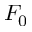
F _ { 0 }